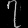
Digit: ၇